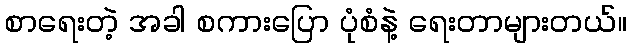
စာရေးတဲ့ အခါ စကားပြော ပုံစံနဲ့ ရေးတာများတယ်။